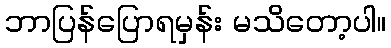
ဘာပြန်ပြောရမှန်း မသိတော့ပါ။